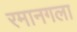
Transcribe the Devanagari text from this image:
रमानगला